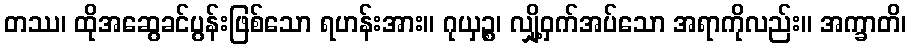
တဿ၊ ထိုအဆွေခင်ပွန်းဖြစ်သော ရဟန်းအား။ ဂုယှဉ္စ၊ လျှို့ဝှက်အပ်သော အရာကိုလည်း။ အက္ခာတိ၊